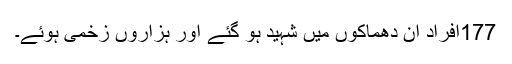
177افراد ان دھماکوں میں شہید ہو گئے اور ہزاروں زخمی ہوئے۔